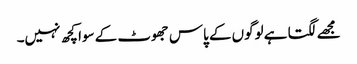
مجھے لگتا ہے لوگوں کے پاس جھوٹ کے سوا کچھ نہیں۔